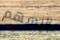
الاسهم